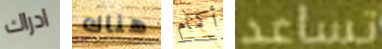
ادراك هناك أكمام تساعد